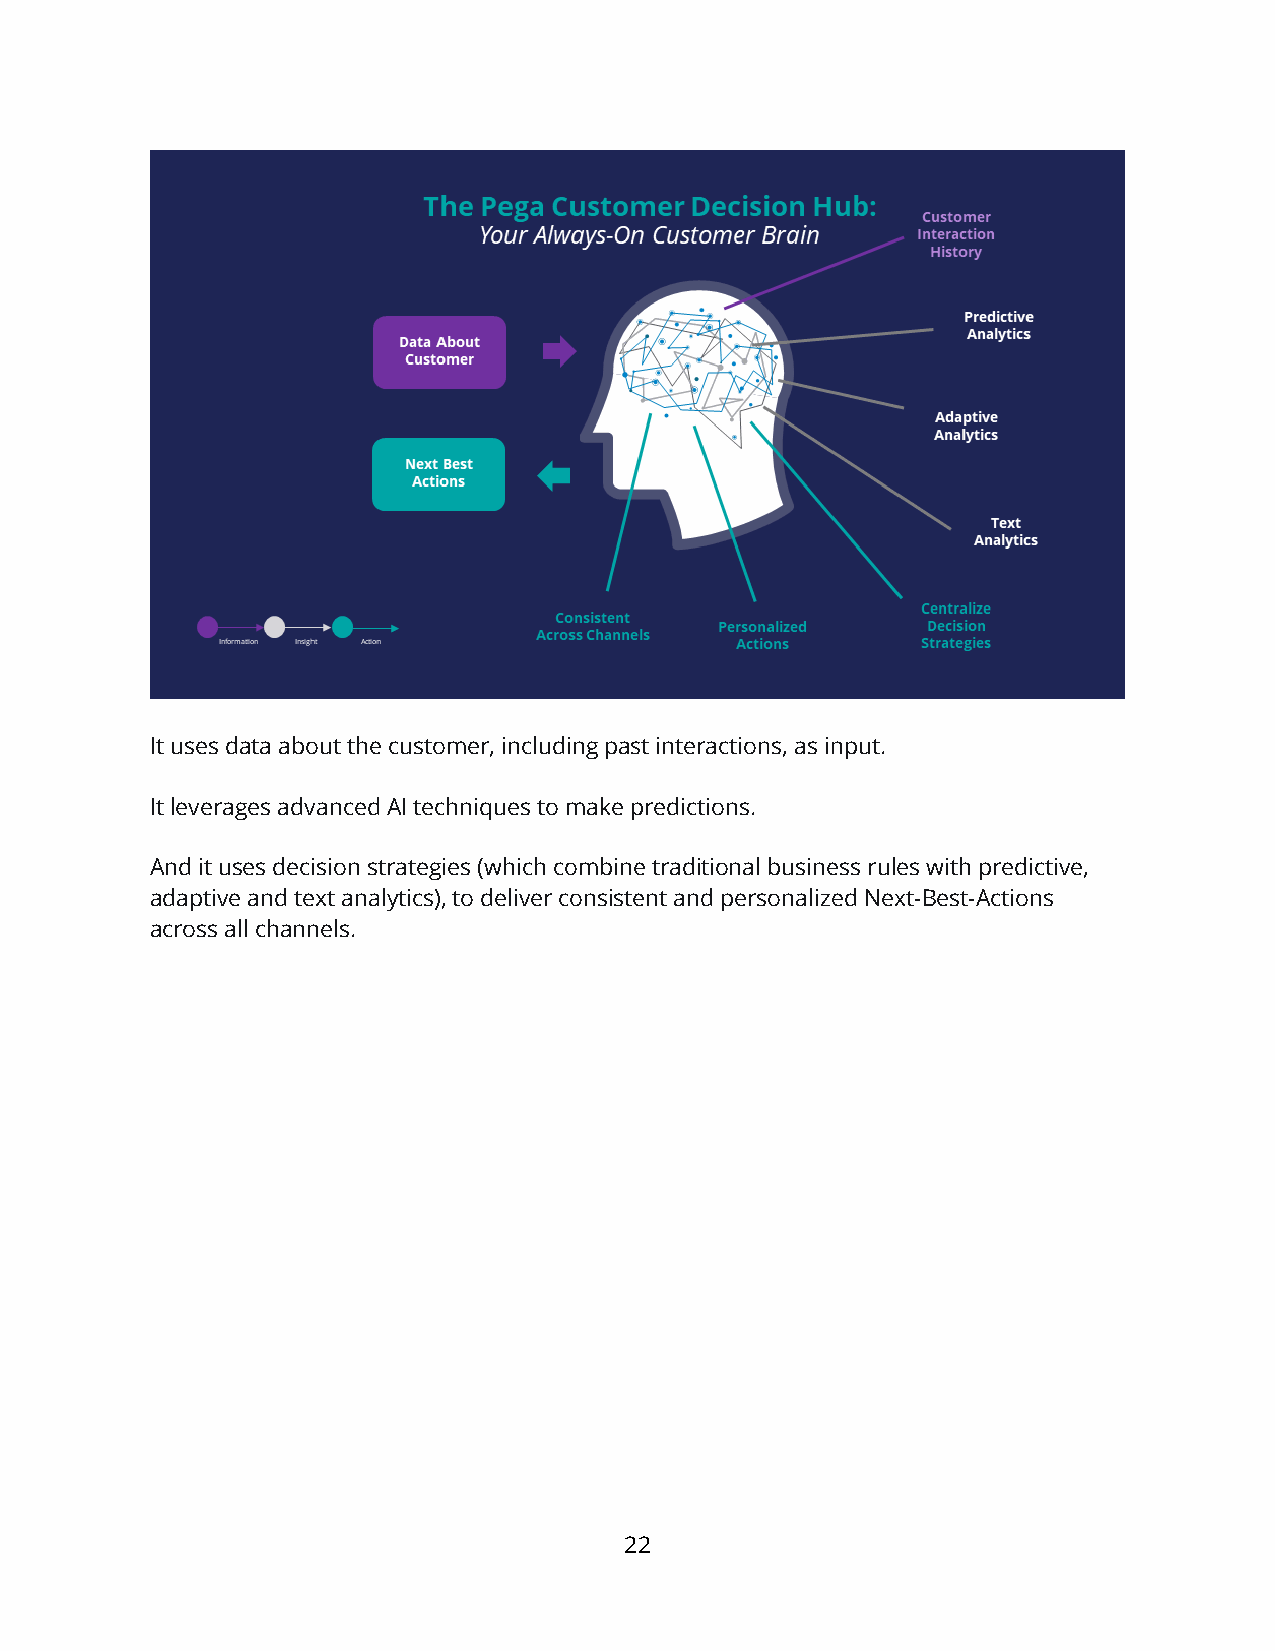
It uses data about the customer, including past interactions, as input.
 It leverages advanced AI techniques to make predictions.
 And it uses decision strategies (which combine traditional business rules with predictive,
 adaptive and text analytics), to deliver consistent and personalized Next-Best-Actions
 across all channels.
 22